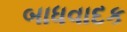
બાધવાદક